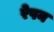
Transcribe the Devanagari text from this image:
रेषन